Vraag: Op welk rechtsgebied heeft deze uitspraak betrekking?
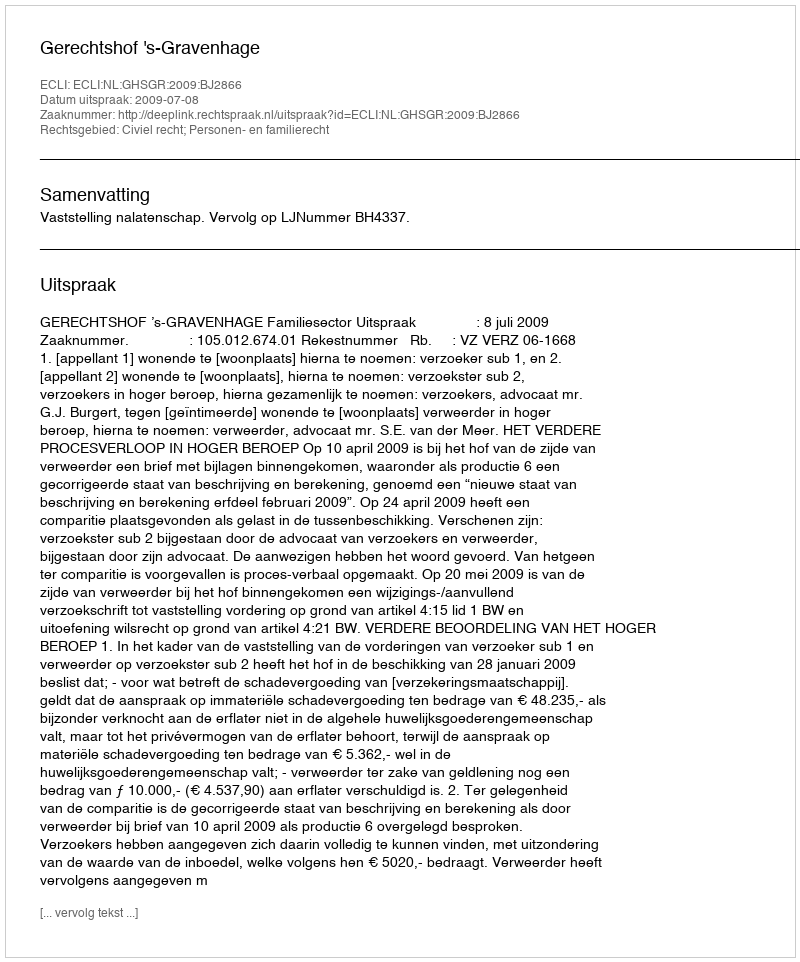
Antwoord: Civiel recht; Personen- en familierecht